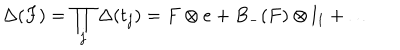
\Delta ( F ) = \prod _ { j } \Delta ( t _ { j } ) = F \otimes e + B _ { - } ( F ) \otimes l _ { 1 } + \ldots